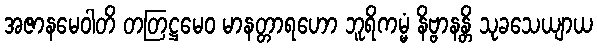
အဇာနမေဝါတိ တတြဋ္ဌမေဝ မာနတ္တာရဟော ဘူရိကမ္မံ နိဗ္ဗာနန္တိ သုခသေယျာယ